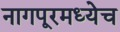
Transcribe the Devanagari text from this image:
नागपूरमध्येच